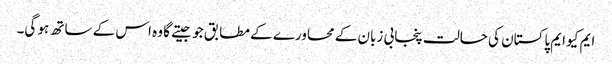
ایم کیو ایم پاکستان کی حالت پنجابی زبان کے محاورے کے مطابق جو جیتے گا وہ اس کے ساتھ ہو گی۔